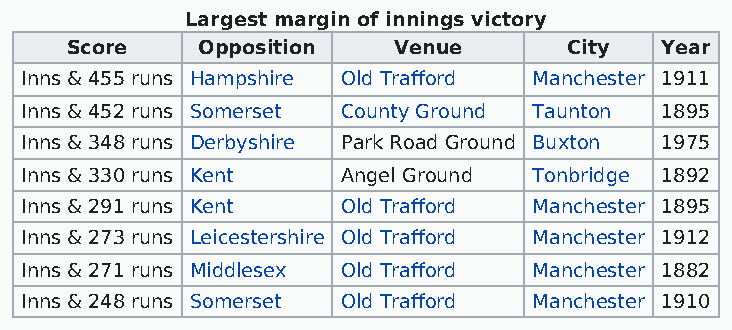
Largest margin of innings victory
 Score    Opposition   Venue       City  Year
 Inns & 455 runs Hampshire Old Trafford Manchester 1911
 Inns & 452 runs Somerset County Ground Taunton 1895
 Inns & 348 runs Derbyshire Park Road Ground Buxton 1975
 Inns & 330 runs Kent  Angel Ground Tonbridge 1892
 Inns & 291 runs Kent  Old Trafford Manchester 1895
 Inns & 273 runs Leicestershire Old Trafford Manchester 1912
 Inns & 271 runs Middlesex Old Trafford Manchester 1882
 Inns & 248 runs Somerset Old Trafford Manchester 1910